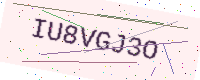
Text: IU8VGJ3O